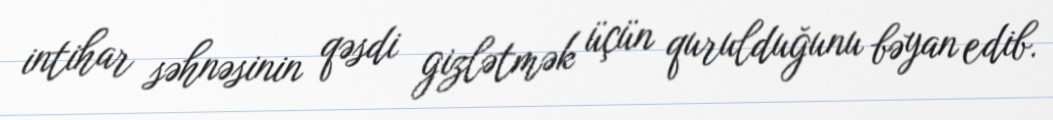
intihar səhnəsinin qəsdi gizlətmək üçün qurulduğunu bəyan edib.